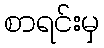
စာရင်းမှ